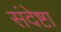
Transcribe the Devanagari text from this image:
संदेष्टा